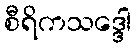
စီရိကသဒ္ဒေါ